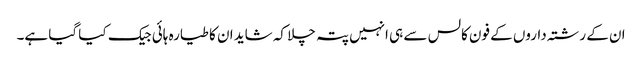
ان کے رشتہ داروں کے فون کالس سے ہی انہیں پتہ چلا کہ شاید ان کا طیارہ ہائی جیک کیا گیا ہے۔